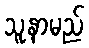
သူ့နာမည်